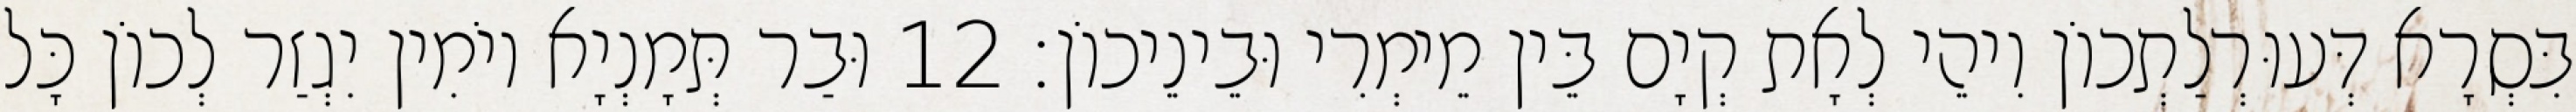
בִּסְרָא דְּעוּרְלַתְכוֹן וִיהֵי לְאָת קְיָם בֵּין מֵימְרִי וּבֵינֵיכוֹן׃ 12 וּבַר תְּמָנְיָא יוֹמִין יִגְזַר לְכוֹן כָּל